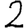
Digit: 2